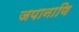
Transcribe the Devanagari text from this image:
जपानाणि